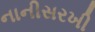
નાનીસરખી